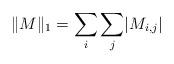
LaTeX: \begin{align*}\lVert M \rVert_{1}=\sum_{i}\sum_{j}\lvert M_{i,j}\rvert\end{align*}